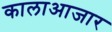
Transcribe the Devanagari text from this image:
कालाआजार